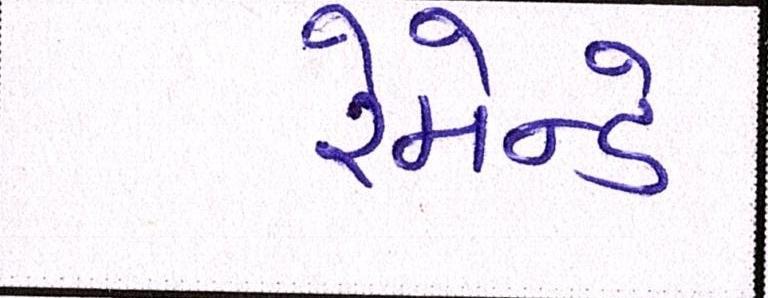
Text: રેમન્ડે